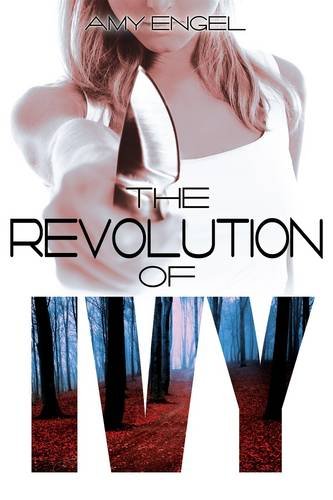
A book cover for The Revolution of Ivy; Amy Engel; Teen & Young Adult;